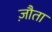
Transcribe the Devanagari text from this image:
ज़ौता